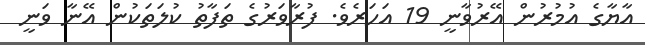
އާޔާގެ އުމުރުން އޭރުވާނީ 19 އަހަރެވެ. ފުރާވަރުގެ ތަފާތު ކުލަތަކުން އޭނާ ވަނީ